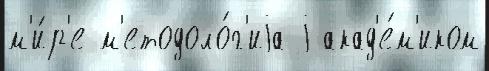
м'и́р'е м'етодоло́г'иjа j акад'е́м'иком